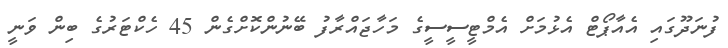
ފުނަދޫގައި އެއާޕޯޓް އެޅުމަށް އެމްޓީސީސީގެ މަހާޖައްރާފު ބޭނުންކޮށްގެން 45 ހެކްޓަރުގެ ބިން ވަނީ